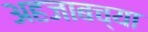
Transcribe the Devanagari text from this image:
अहजाबच्या